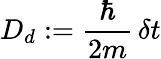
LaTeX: D_{d}:=\frac{\hbar}{2m}\, \delta t